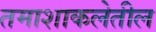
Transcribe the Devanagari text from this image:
तमाशाकलेतील